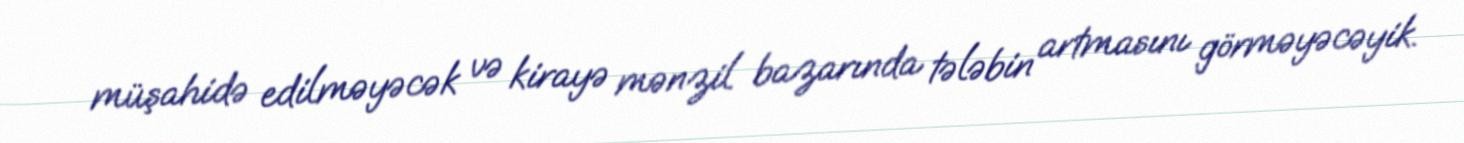
müşahidə edilməyəcək və kirayə mənzil bazarında tələbin artmasını görməyəcəyik.